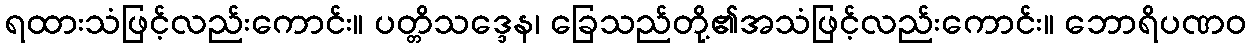
ရထားသံဖြင့်လည်းကောင်း။ ပတ္တိသဒ္ဒေန၊ ခြေသည်တို့၏အသံဖြင့်လည်းကောင်း။ ဘောရိပဏဝ